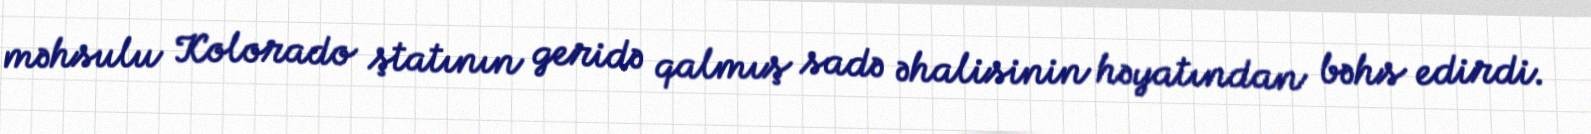
məhsulu Kolorado ştatının geridə qalmış sadə əhalisinin həyatından bəhs edirdi.